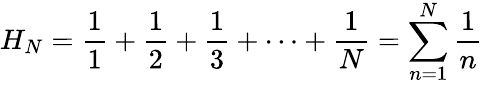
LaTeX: H_{N}=\frac{1}{1}+\frac{1}{2}+\frac{1}{3}+\cdots+\frac{1}{N}=\sum_{n=1}^{N}\frac{1}{n}